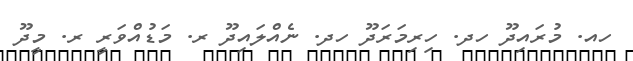
ހއ. މުރައިދޫ ހދ. ހިރިމަރަދޫ ހދ. ނެއްލައިދޫ ރ. މަޑުއްވަރީ ރ. މީދޫ